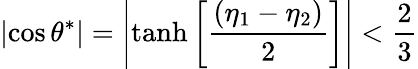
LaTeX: \left|\cos\theta^{*}\right|=\left|\operatorname{tanh}\left[\frac{(\eta_{1}-\eta_{2})}{2}\right]\right|<\frac{2}{3}